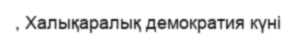
, Халықаралық демократия күні